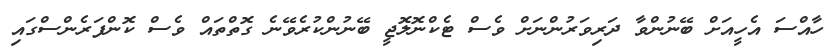
ހާއްސަ އެހީއަށް ބޭނުންވާ ދަރިވަރުންނަށް ވެސް ޓެކްނޮލޮޖީ ބޭނުންކުރެވޭނެ ގޮތްތައް ވެސް ކޮންފަރެންސްގައި